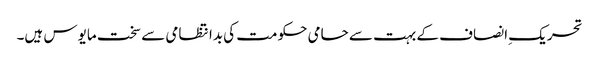
تحریک ِانصاف کے بہت سے حامی حکومت کی بدانتظامی سے سخت مایوس ہیں۔